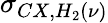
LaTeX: \sigma_{CX,H_{2}(\nu)}